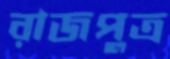
রাজপুত্র